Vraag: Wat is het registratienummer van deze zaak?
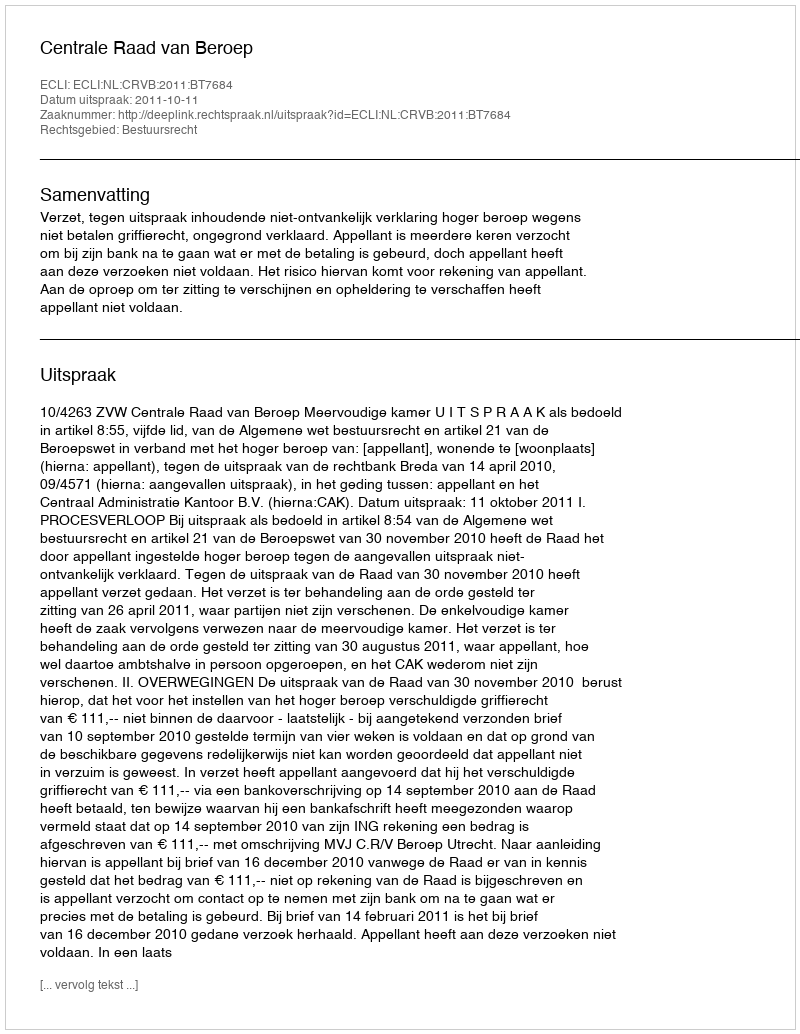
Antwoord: http://deeplink.rechtspraak.nl/uitspraak?id=ECLI:NL:CRVB:2011:BT7684